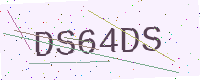
Text: DS64DS